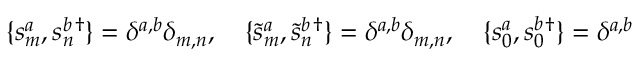
\{ s _ { m } ^ { a } , s _ { n } ^ { b } { } ^ { \dagger } \} = \delta ^ { a , b } \delta _ { m , n } , ~ ~ ~ \{ \tilde { s } _ { m } ^ { a } , \tilde { s } _ { n } ^ { b } { } ^ { \dagger } \} = \delta ^ { a , b } \delta _ { m , n } , ~ ~ ~ \{ s _ { 0 } ^ { a } , s _ { 0 } ^ { b } { } ^ { \dagger } \} = \delta ^ { a , b }